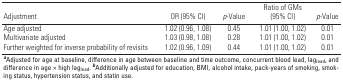
<table><thead><tr><td><b>Adjustment</b></td><td><b>OR (95% CI)</b></td><td><b><i>p</i>-Value</b></td><td><b>Ratio of GMs (95% CI)</b></td><td><b><i>p</i>-Value</b></td></tr></thead><tbody><tr><td>Age adjusted</td><td></td><td>1.02 (0.96, 1.08)</td><td></td><td>0.45</td><td></td><td>1.01 (1.00, 1.02)</td><td></td><td>0.01</td></tr><tr><td>Multivariate adjusted</td><td></td><td>1.03 (0.98, 1.08)</td><td></td><td>0.28</td><td></td><td>1.01 (1.00, 1.02)</td><td></td><td>0.01</td></tr><tr><td>Further weighted for inverse probability of revisits</td><td></td><td>1.02 (0.96, 1.09)</td><td></td><td>0.44</td><td></td><td>1.01 (1.00, 1.02)</td><td></td><td>0.01</td></tr><tr><td colspan="9"><b>a</b>Adjusted for age at baseline, difference in agebetween baseline and time outcome, concurrent blood lead,lag<sub>lead</sub>, and difference in age × high lag<sub>lead</sub>.<b>b</b>Additionally adjusted for education, BMI, alcohol intake,pack-years of smoking, smoking status, hypertension status, and statinuse.</td></tr></tbody></table>